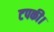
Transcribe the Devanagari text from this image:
टपकी।